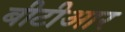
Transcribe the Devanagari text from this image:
बीटीआर